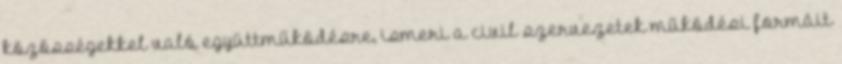
közösségekkel való együttműködésre, ismeri a civil szervezetek működési formáit